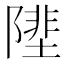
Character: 𨻼